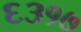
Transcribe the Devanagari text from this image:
६३१७